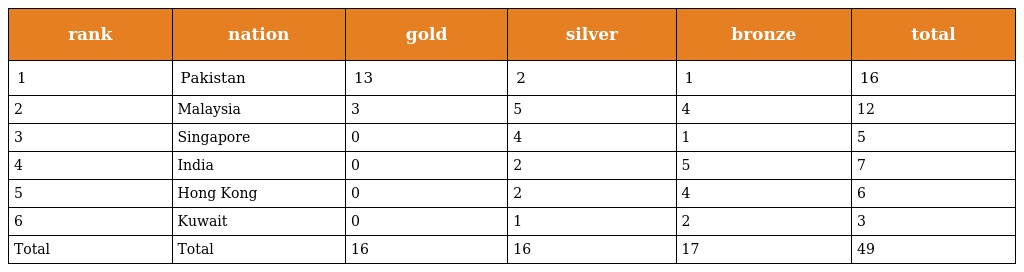
| rank | nation | gold | silver | bronze | total |
 | --- | --- | --- | --- | --- | --- |
 | 1 | Pakistan | 13 | 2 | 1 | 16 |
 | 2 | Malaysia | 3 | 5 | 4 | 12 |
 | 3 | Singapore | 0 | 4 | 1 | 5 |
 | 4 | India | 0 | 2 | 5 | 7 |
 | 5 | Hong Kong | 0 | 2 | 4 | 6 |
 | 6 | Kuwait | 0 | 1 | 2 | 3 |
 | Total | Total | 16 | 16 | 17 | 49 |